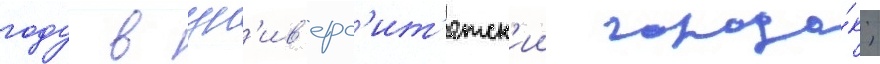
году в ун'ив'ерс'ит'етск'ии городо́к;